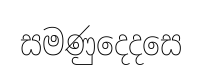
සමණුදෙදසෙ